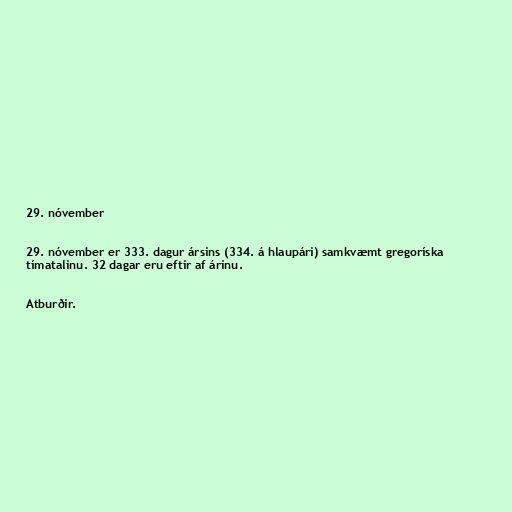
29. nóvember

29. nóvember er 333. dagur ársins (334. á hlaupári) samkvæmt gregoríska
tímatalinu. 32 dagar eru eftir af árinu.

Atburðir.